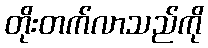
တိုးတက်လာသည်ကို